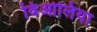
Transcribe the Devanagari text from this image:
विओलिया